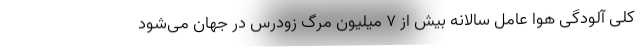
کلی آلودگی هوا عامل سالانه بیش از ۷ میلیون مرگ زودرس در جهان می‌شود